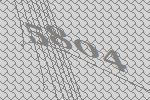
5804